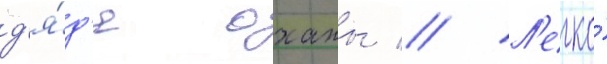
д'я́д'я оханы // Л'егко́